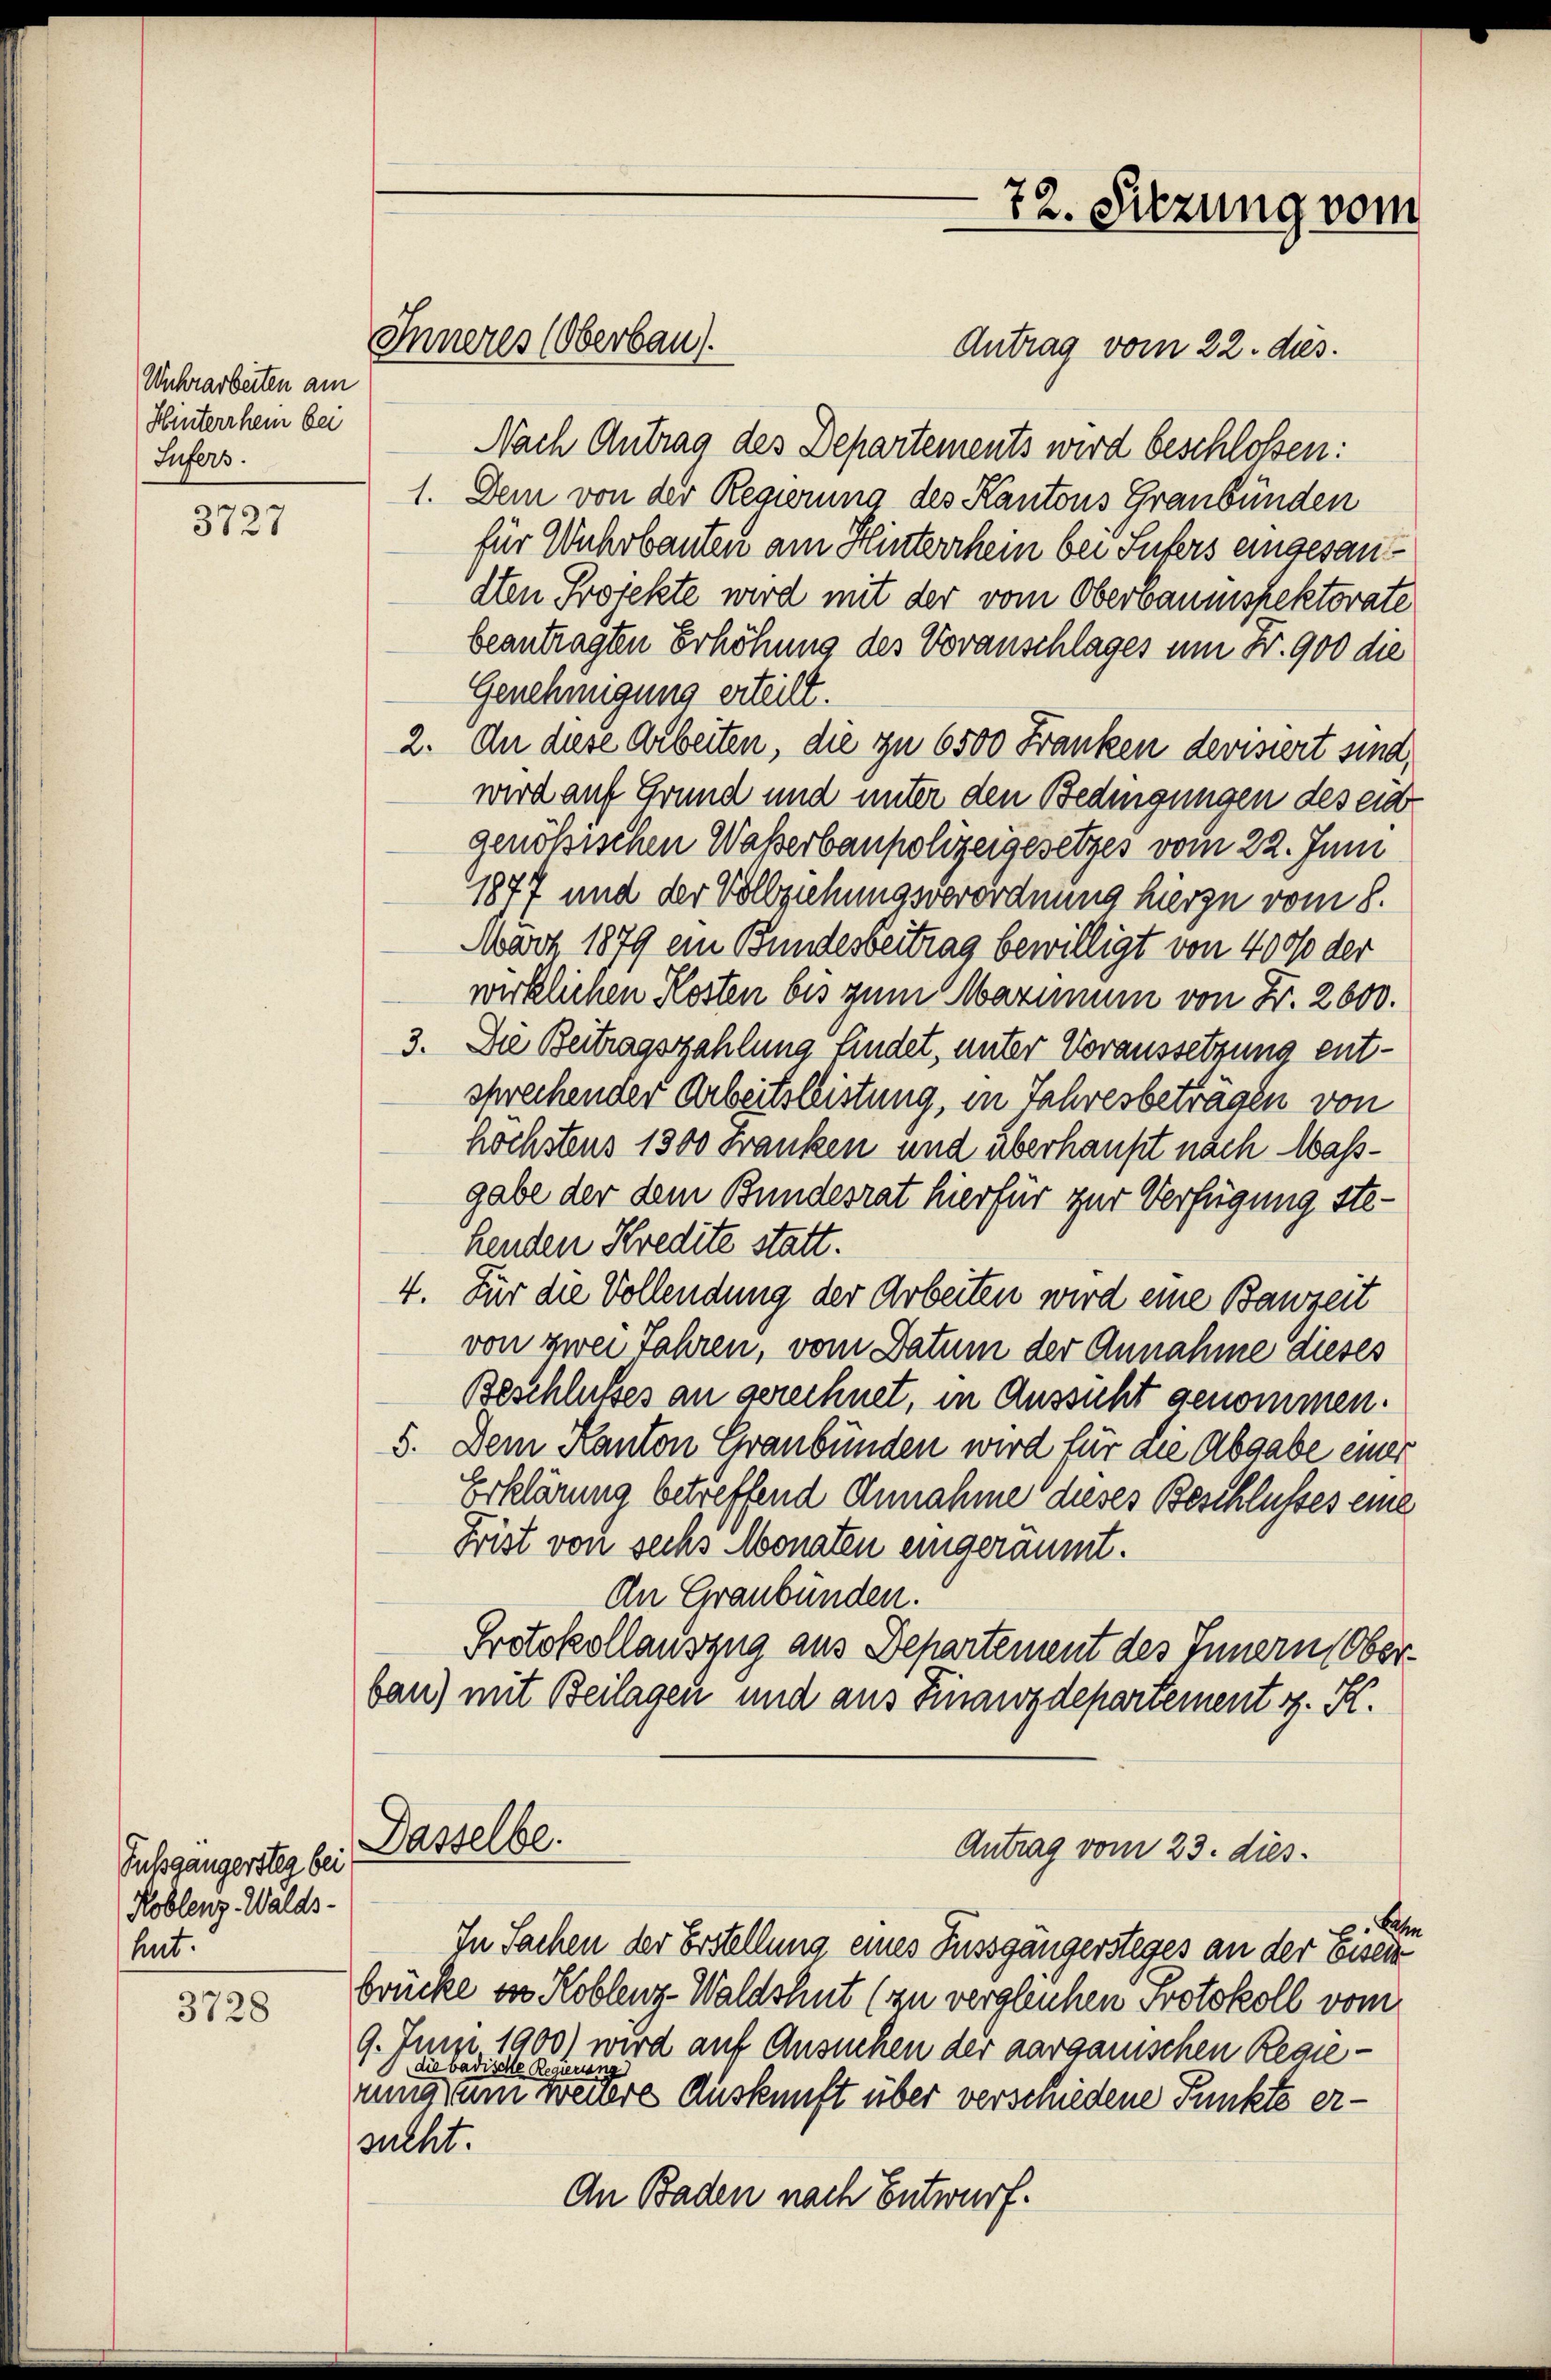
3727

Fussgängersteg bei
Roblenz-Walds-
Ant.

3728

Wuhrarbeiten am
Hinterrheim bei
Sufers.

Antrag vom 22. dies.
Nach Antrag des Departements wird beschlossen:
1. Dem von der Regierung des Kantons Graubünden
für Wuhrbauten am Hinterchein bei Suters eingesandten Projekte wird mit der vom Oberbaumspektorate
beantragten Erhöhung des Voranschlages um Fr. 900 die
Genehmigung erteilt.
2. An diese Arbeiten, die zu 6500 Franken devisiert sind,
wird auf Grund und unter den Bedingungen des eid
genößischen Waßerbaupolizeigesetzes vom 22. Juni
1877 und der Vollziehungsverordnung hierzu vom 8.
März 1879 ein Bundesbeitrag bewilligt von 4000 der
wirklichen Kosten bis zum Maximum von Fr. 2600.
3. Die Beitragszahlung findet, unter Voraussetzung entschrechender Arbeitsleistung, in Jahresbeträgen von
höchstens 1300 Franken und überhaupt nach Massgabe der dem Bundesrat hierfür zur Verfügung stehenden Kredite statt.
4. Für die Vollendung der Arbeiten wird eine Bauzeit
von zwei Jahren, vom Datum der Annahme dieses
Beschlußes an gerechnet, in Aussicht genommen.
5. Dem Kanton Graubünden wird für die Abgabe einer
Erklärung betreffend Annahme dieses Beschlusses eine
Frist von sechs Monaten eingeräumt.
An Graubünden.
Protokollauszug aus Departement des Innern Oberbau) mit Beilagen und aus Finanzdepartement v. K.
Dasselbe.
Antrag vom 23. dies
Sehn
In Sachen der Erstellung eines Fussgängersteges an der beseit
brücke in Koblenz-Waldshut (zu vergleichen Protokoll vom
9. Juni 1900) wird auf Ansuchen der aargauischen Regiedie badische Regierung
nung zum wenere Auskunft über verschiedene Punkte ersucht.
An Baden nach Entwurf.

Inneres (Oberbau).

72. Sitzung vom